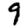
Digit: 9